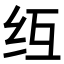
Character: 𫄚